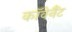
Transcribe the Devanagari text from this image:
काॅवेनैंट